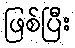
ဖြစ်ပြီး